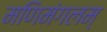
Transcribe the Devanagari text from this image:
मणिमंगलम्